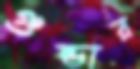
গুন্ডার